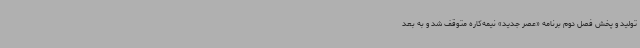
تولید و پخش فصل دوم برنامه «عصر جدید» نیمه‌کاره متوقف شد و به بعد